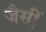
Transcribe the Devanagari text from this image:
जैसीं